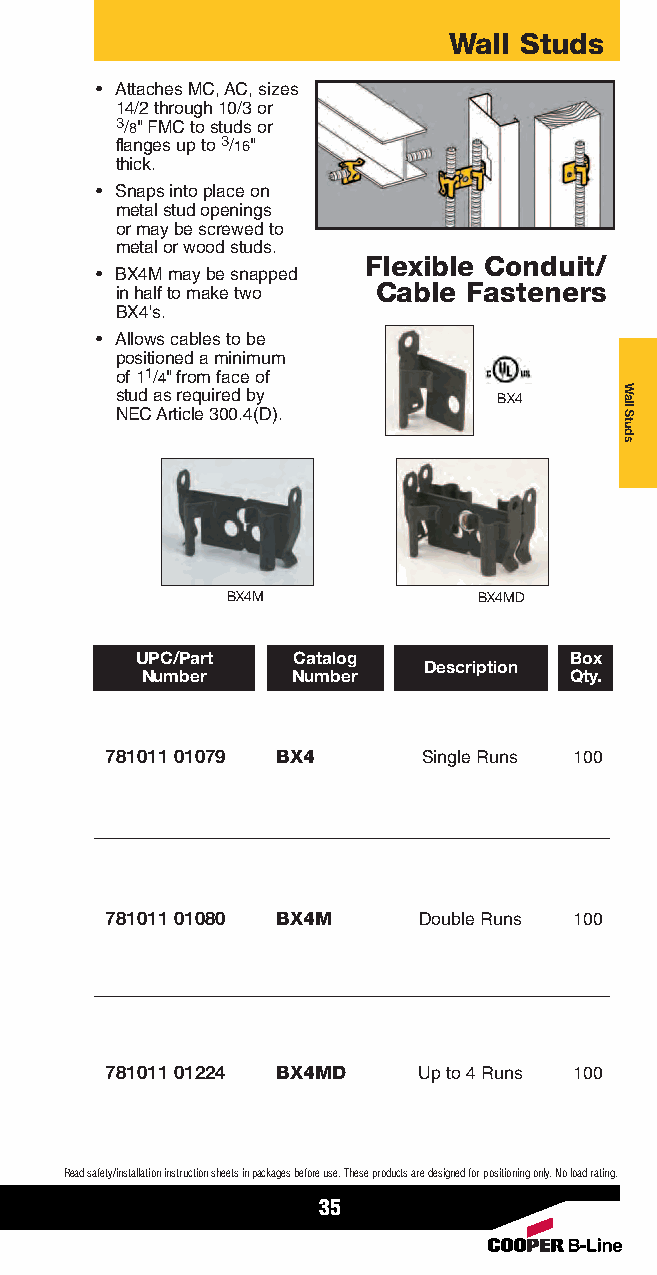
Wall Studs
 • Attaches MC, AC, sizes
 14/2 through 10/3 or
 3/8" FMC to studs or
 flanges up to 3/16"
 thick.
 • Snaps into place on
 metal stud openings
 or may be screwed to
 metal or wood studs.
 Flexible Conduit/
 • BX4M may be snapped
 in half to make two Cable Fasteners
 BX4's.
 • Allows cables to be
 positioned a minimum
 of 11/4" from face of
 stud as required by      BX4
 NEC Article 300.4(D).
 BX4M             BX4MD
 UPC/Part  Catalog            Box
 Description
 Number    Number             Qty.
 781011 01079 BX4     Single Runs 100
 781011 01080 BX4M    Double Runs 100
 781011 01224 BX4MD   Up to 4 Runs 100
 Read safety/installation instruction sheets in packages before use. These products are designed for positioning only. No load rating.
 35
 Wall
 Studs